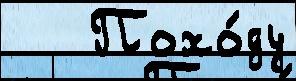
   Похо́ду